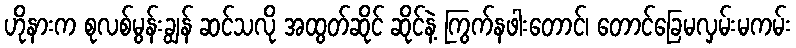
ဟိုနားက စုလစ်မွန်းချွန် ဆင်သလို အထွတ်ဆိုင် ဆိုင်နဲ့ ကြွက်နဖါးတောင်၊ တောင်ခြေမလှမ်းမကမ်း